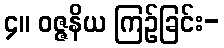
၄။ ဝဇ္ဇနိယ ကြဉ်ခြင်း-